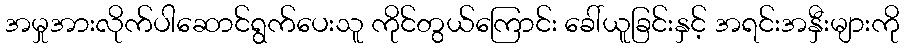
အမှုအားလိုက်ပါဆောင်ရွက်ပေးသူ ကိုင်တွယ်ကြောင်း ခေါ်ယူခြင်းနှင့် အရင်းအနှီးများကို